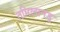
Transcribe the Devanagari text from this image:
तमिलानडु